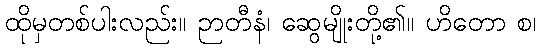
ထိုမှတစ်ပါးလည်း။ ဉာတီနံ၊ ဆွေမျိုးတို့၏။ ဟိတော စ၊